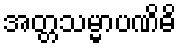
အတ္တသမ္မာပဏိဓိ